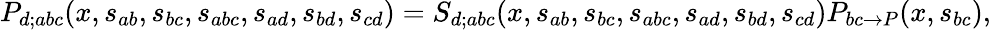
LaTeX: P_{d;abc}(x,s_{ab},s_{bc},s_{abc},s_{ad},s_{bd},s_{cd})=S_{d;abc}(x,s_{ab},s_{bc},s_{abc},s_{ad},s_{bd},s_{cd})P_{bc\rightarrow P}(x,s_{bc}),